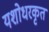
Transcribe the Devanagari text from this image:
यशोधरकृत